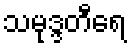
သမုဒ္ဒတီရေ